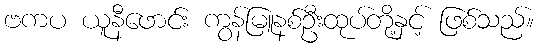
ဗကပ ယူနီဖောင်း ကွန်မြူနစ်ဦးထုပ်တို့နှင့် ဖြစ်သည်။